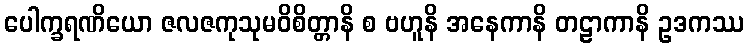
ပေါက္ခရဏိယော ဇလဇကုသုမဝိစိတ္တာနိ စ ဗဟူနိ အနေကာနိ တဠာကာနိ ဥဒကဿ